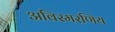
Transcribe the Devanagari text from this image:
अविस्मरणिय